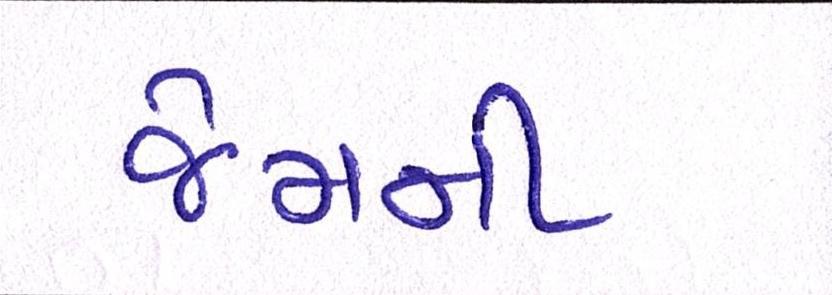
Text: જેમની